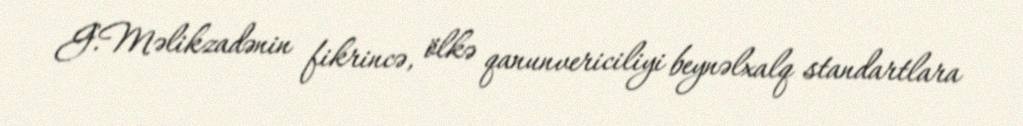
G.Məlikzadənin fikrincə, ölkə qanunvericiliyi beynəlxalq standartlara